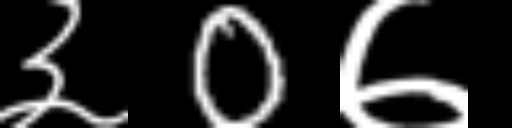
Text: ३0७